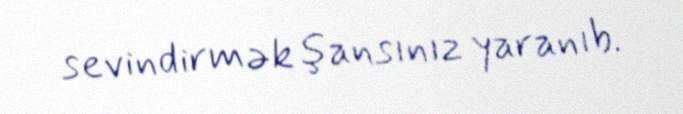
sevindirmək şansınız yaranıb.